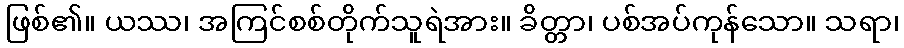
ဖြစ်၏။ ယဿ၊ အကြင်စစ်တိုက်သူရဲအား။ ခိတ္တာ၊ ပစ်အပ်ကုန်သော။ သရာ၊